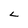
Character: L